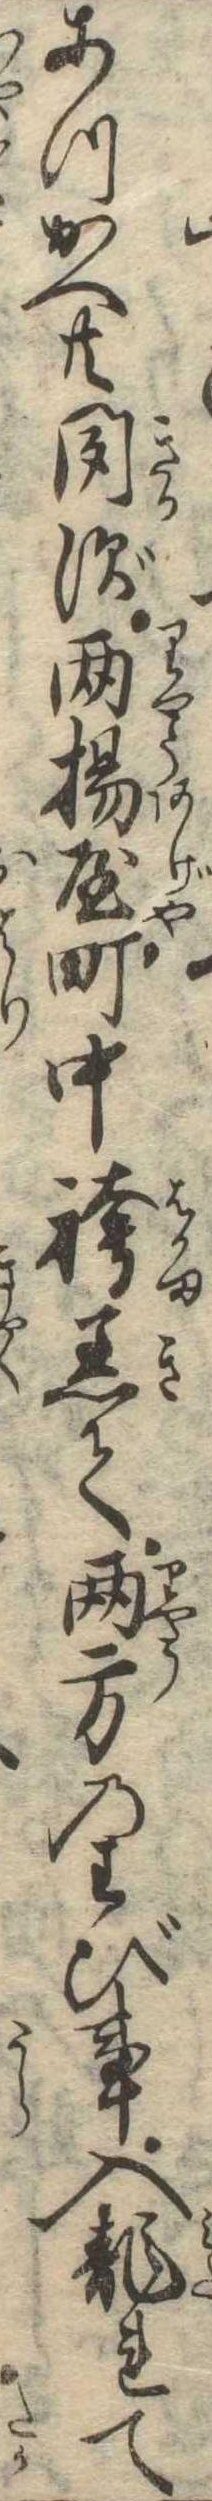
あつかへ共聞ず両揚屋町中袴着て両方のわび事入乱れて